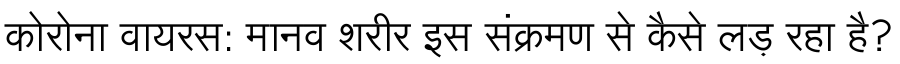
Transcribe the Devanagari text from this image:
कोरोना वायरस: मानव शरीर इस संक्रमण से कैसे लड़ रहा है?